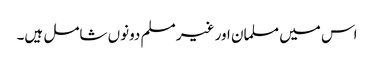
اس میں مسلمان اور غیر مسلم دونوں شامل ہیں۔